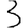
Digit: 3